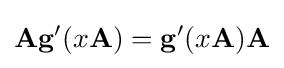
\mathbf {A} \mathbf {g} '(x\mathbf {A} )=\mathbf {g} '(x\mathbf {A} )\mathbf {A}